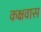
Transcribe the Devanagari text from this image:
कक्षवास